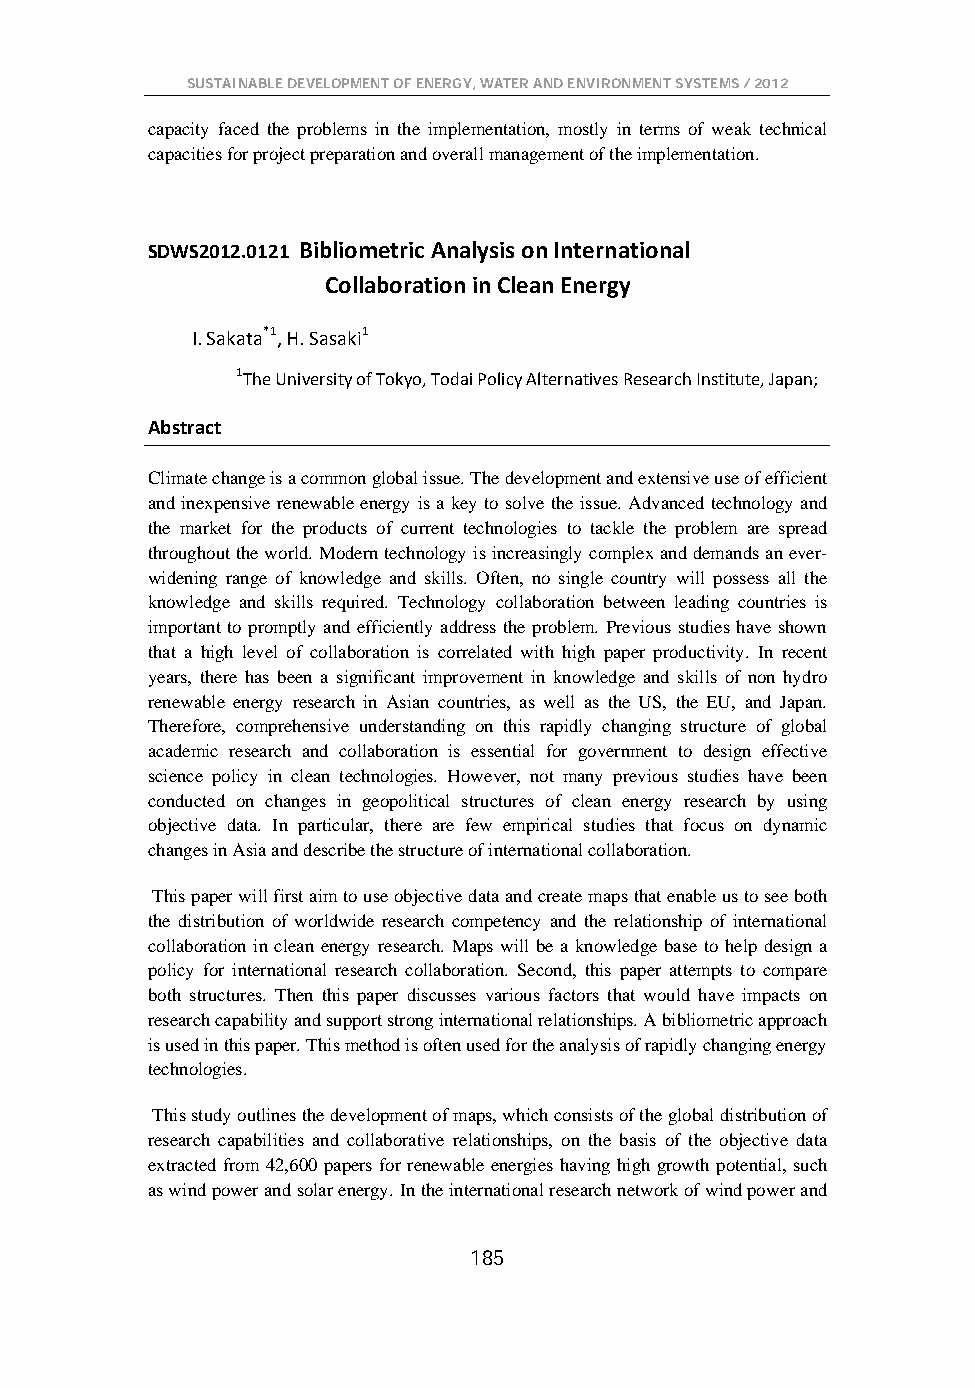
SUSTAINABLE DEVELOPMENT OF ENERGY, WATER AND ENVIRONMENT SYSTEMS / 2012
 capacity faced the problems in the implementation, mostly in terms of weak technical
 capacities for project preparation and overall management of the implementation.
 SDWS2012.0121 Bibliometric Analysis on International
 Collaboration in Clean Energy
 I. Sakata*1, H. Sasaki1
 1The University of Tokyo, Todai Policy Alternatives Research Institute, Japan;
 Abstract
 Climate change is a common global issue. The development and extensive use of efficient
 and inexpensive renewable energy is a key to solve the issue. Advanced technology and
 the market for the products of current technologies to tackle the problem are spread
 throughout the world. Modern technology is increasingly complex and demands an ever-
 widening range of knowledge and skills. Often, no single country will possess all the
 knowledge and skills required. Technology collaboration between leading countries is
 important to promptly and efficiently address the problem. Previous studies have shown
 that a high level of collaboration is correlated with high paper productivity. In recent
 years, there has been a significant improvement in knowledge and skills of non hydro
 renewable energy research in Asian countries, as well as the US, the EU, and Japan.
 Therefore, comprehensive understanding on this rapidly changing structure of global
 academic research and collaboration is essential for government to design effective
 science policy in clean technologies. However, not many previous studies have been
 conducted on changes in geopolitical structures of clean energy research by using
 objective data. In particular, there are few empirical studies that focus on dynamic
 changes in Asia and describe the structure of international collaboration.
 This paper will first aim to use objective data and create maps that enable us to see both
 the distribution of worldwide research competency and the relationship of international
 collaboration in clean energy research. Maps will be a knowledge base to help design a
 policy for international research collaboration. Second, this paper attempts to compare
 both structures. Then this paper discusses various factors that would have impacts on
 research capability and support strong international relationships. A bibliometric approach
 is used in this paper. This method is often used for the analysis of rapidly changing energy
 technologies.
 This study outlines the development of maps, which consists of the global distribution of
 research capabilities and collaborative relationships, on the basis of the objective data
 extracted from 42,600 papers for renewable energies having high growth potential, such
 as wind power and solar energy. In the international research network of wind power and
 185